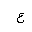
Letter: _ayn